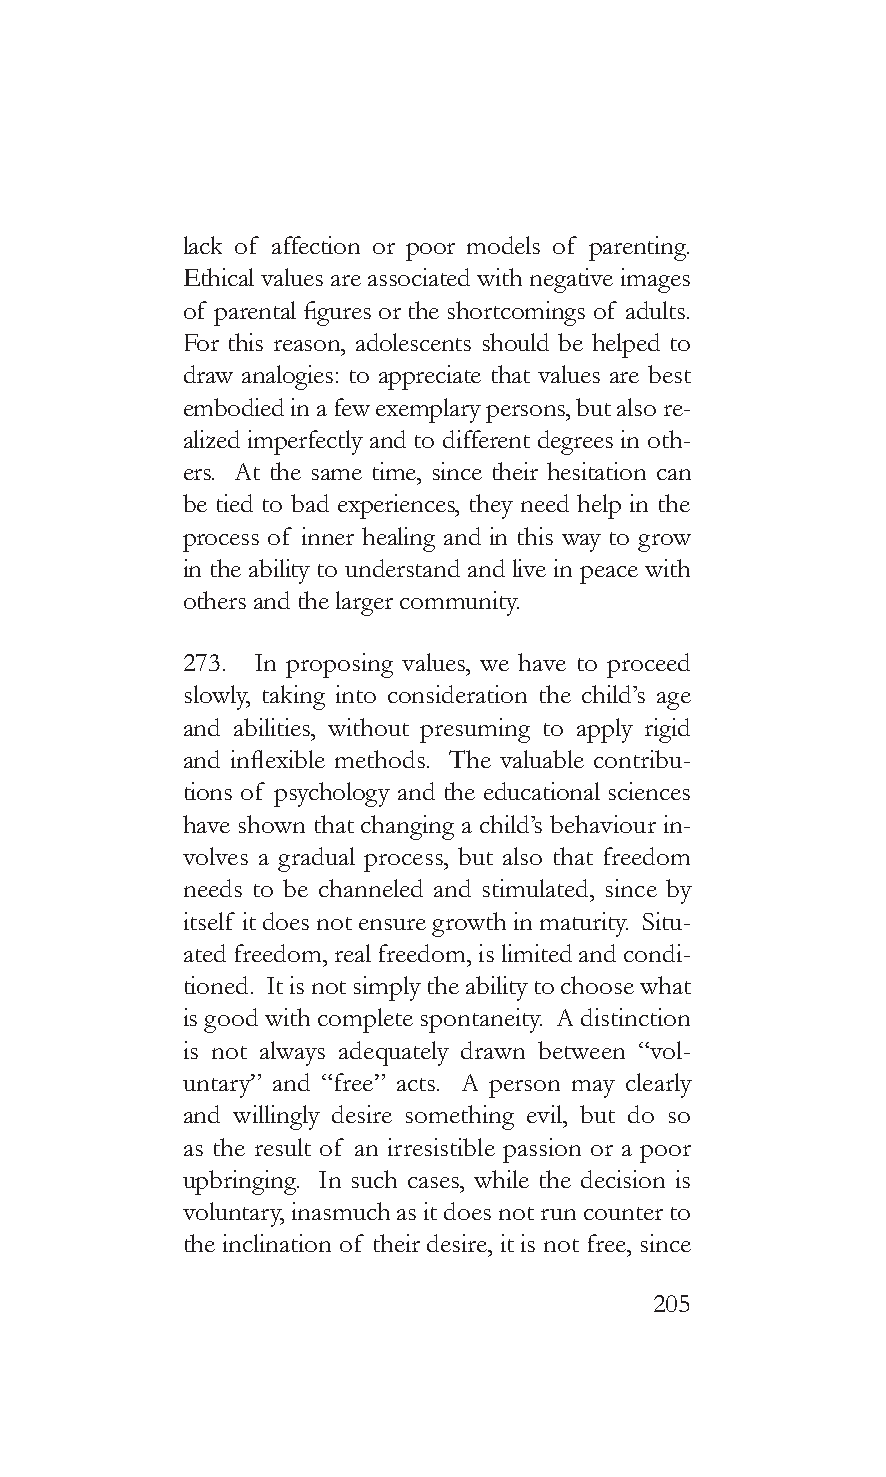
lack of affection or poor models of parenting.
 Ethical values are associated with negative images
 of parental figures or the shortcomings of adults.
 For this reason, adolescents should be helped to
 draw analogies: to appreciate that values are best
 embodied in a few exemplary persons, but also re-
 alized imperfectly and to different degrees in oth-
 ers. At the same time, since their hesitation can
 be tied to bad experiences, they need help in the
 process of inner healing and in this way to grow
 in the ability to understand and live in peace with
 others and the larger community.
 273. In proposing values, we have to proceed
 slowly, taking into consideration the child’s age
 and abilities, without presuming to apply rigid
 and inflexible methods. The valuable contribu-
 tions of psychology and the educational sciences
 have shown that changing a child’s behaviour in-
 volves a gradual process, but also that freedom
 needs to be channeled and stimulated, since by
 itself it does not ensure growth in maturity. Situ-
 ated freedom, real freedom, is limited and condi-
 tioned. It is not simply the ability to choose what
 is good with complete spontaneity. A distinction
 is not always adequately drawn between “vol-
 untary” and “free” acts. A person may clearly
 and willingly desire something evil, but do so
 as the result of an irresistible passion or a poor
 upbringing. In such cases, while the decision is
 voluntary, inasmuch as it does not run counter to
 the inclination of their desire, it is not free, since
 205